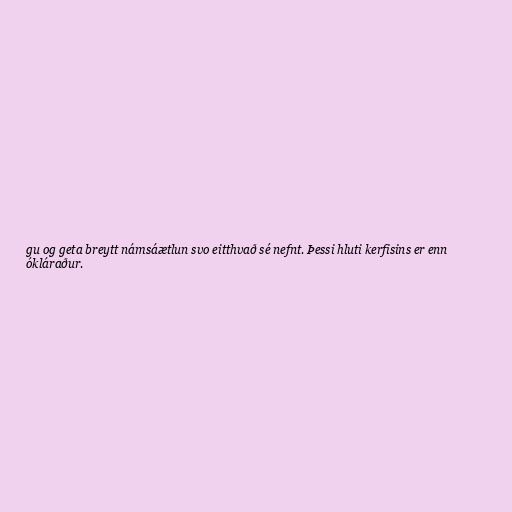
gu og geta breytt námsáætlun svo eitthvað sé nefnt. Þessi hluti kerfisins er enn
ókláraður.